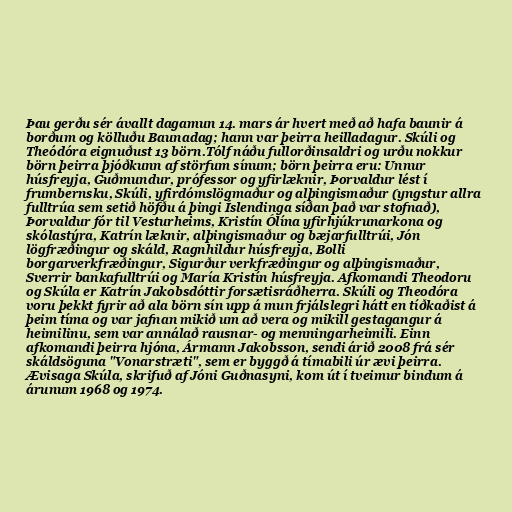
Þau gerðu sér ávallt dagamun 14. mars ár hvert með að hafa baunir á
borðum og kölluðu Baunadag; hann var þeirra heilladagur. Skúli og
Theódóra eignuðust 13 börn.Tólf náðu fullorðinsaldri og urðu nokkur
börn þeirra þjóðkunn af störfum sínum; börn þeirra eru: Unnur
húsfreyja, Guðmundur, prófessor og yfirlæknir, Þorvaldur lést í
frumbernsku, Skúli, yfirdómslögmaður og alþingismaður (yngstur allra
fulltrúa sem setið höfðu á þingi Íslendinga síðan það var stofnað),
Þorvaldur fór til Vesturheims, Kristín Ólína yfirhjúkrunarkona og
skólastýra, Katrín læknir, alþingismaður og bæjarfulltrúi, Jón
lögfræðingur og skáld, Ragnhildur húsfreyja, Bolli
borgarverkfræðingur, Sigurður verkfræðingur og alþingismaður,
Sverrir bankafulltrúi og María Kristín húsfreyja. Afkomandi Theodoru
og Skúla er Katrín Jakobsdóttir forsætisráðherra. Skúli og Theodóra
voru þekkt fyrir að ala börn sín upp á mun frjálslegri hátt en tíðkaðist á
þeim tíma og var jafnan mikið um að vera og mikill gestagangur á
heimilinu, sem var annálað rausnar- og menningarheimili. Einn
afkomandi þeirra hjóna, Ármann Jakobsson, sendi árið 2008 frá sér
skáldsöguna "Vonarstræti", sem er byggð á tímabili úr ævi þeirra.
Ævisaga Skúla, skrifuð af Jóni Guðnasyni, kom út í tveimur bindum á
árunum 1968 og 1974.